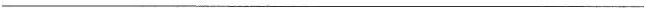
___